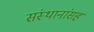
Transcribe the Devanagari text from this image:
संस्थानांसह